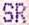
SR